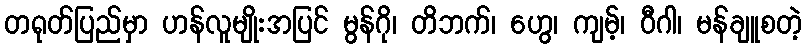
တရုတ်ပြည်မှာ ဟန်လူမျိုးအပြင် မွန်ဂို၊ တိဘက်၊ ဟွေ၊ ကျမ့်၊ ဝီဂါ၊ မန်ချူစတဲ့